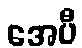
အေပီ